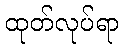
ထုတ်လုပ်ရာ